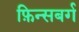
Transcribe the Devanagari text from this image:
फ़िन्सबर्ग